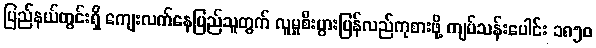
ပြည်နယ်တွင်းရှိ ကျေးလက်နေပြည်သူတွက် လူမှုစီးပွားပြန်လည်ကုစားဖို့ ကျပ်သန်းပေါင်း ၁၈၅၀